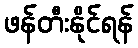
ဖန်တီးနိုင်ရန်